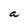
Character: a